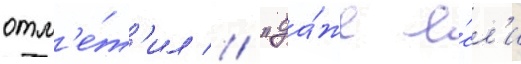
отм'е́т'ил // "да́же е́сл'и